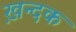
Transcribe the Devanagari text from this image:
ख़न्दक